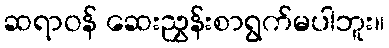
ဆရာဝန် ဆေးညွှန်းစာရွက်မပါဘူး။